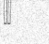
٥٦